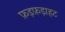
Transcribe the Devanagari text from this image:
फ़ड़फ़ड़ाहट